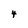
Character: 4